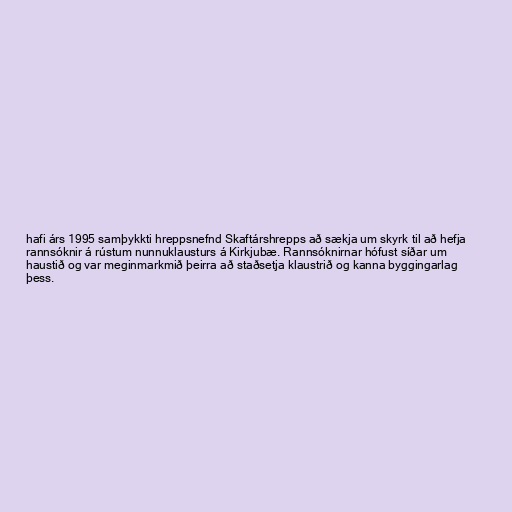
hafi árs 1995 samþykkti hreppsnefnd Skaftárshrepps að sækja um skyrk til að hefja
rannsóknir á rústum nunnuklausturs á Kirkjubæ. Rannsóknirnar hófust síðar um
haustið og var meginmarkmið þeirra að staðsetja klaustrið og kanna byggingarlag
þess.